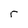
Character: r